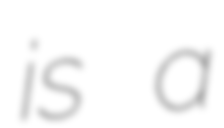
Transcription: is a